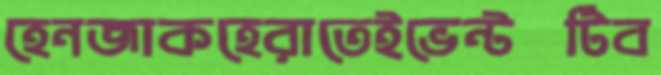
হেনজাকহেরাতেইভেন্টটিব